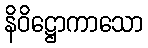
နိဝိဋ္ဌောကာသော